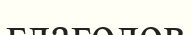
глаголов